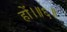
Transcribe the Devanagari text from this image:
हों।॥६॥